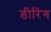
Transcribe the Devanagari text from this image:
डीरिंग